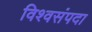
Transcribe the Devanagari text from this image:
विश्वसंपदा